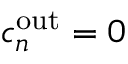
c _ { n } ^ { \mathrm { o u t } } = 0